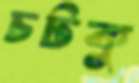
চটকু